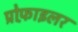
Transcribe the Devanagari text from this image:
प्रोफ़ाइलर